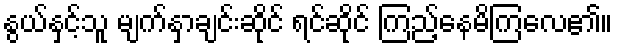
နွယ်နှင့်သူ မျက်နှာချင်းဆိုင် ရင်ဆိုင် ကြည့်နေမိကြလေ၏။